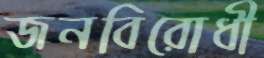
জনবিরোধী